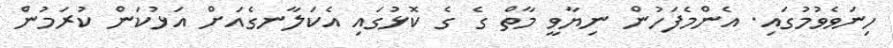
ހިނަވެވުމުގައި. އެންމެފަހުން ނިޔާވީ މާތް ގެ ގެ ކޮޅުގައި އެކަލާނގެއަށް އަޅުކަން ކުރަމުން